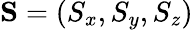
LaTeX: {\mathbf S}=(S_{x},S_{y},S_{z})